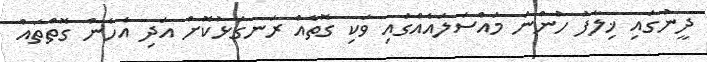
ދީނުގައި ޚިލާފު ހުންނަ މައްސަލައެއްގައި ވަކި ގޮތެއް ރަނގަޅުކޮށް އަދި އެހެން ގޮތްތައް